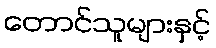
တောင်သူများနှင့်